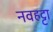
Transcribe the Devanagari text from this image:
नवहट्टा